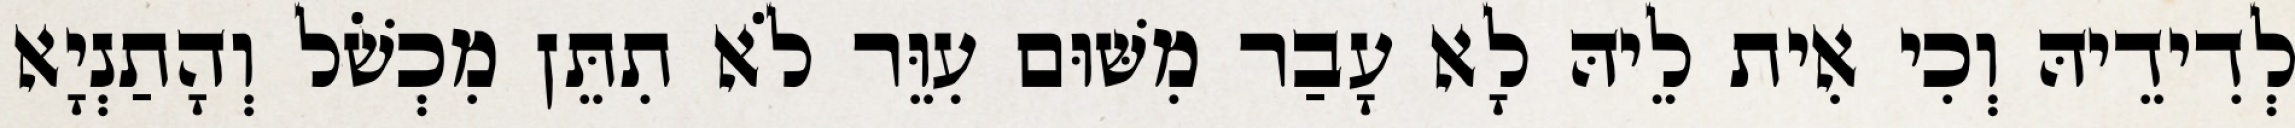
לְדִידֵיהּ וְכִי אִית לֵיהּ לָא עָבַר מִשּׁוּם עִוֵּר לֹא תִתֵּן מִכְשֹׁל וְהָתַנְיָא